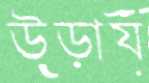
উড়ায়